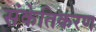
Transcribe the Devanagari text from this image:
संकेतिकरण